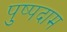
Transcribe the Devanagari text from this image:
पुष्पदाम